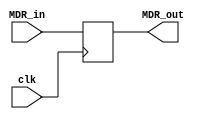
module MemoryDataRegister(clk, MDR_in, MDR_out);

	input clk;
	input [31:0] MDR_in;
	output [31:0] MDR_out;
	reg [31:0] MDR_out;
	
	always @(posedge clk)
		MDR_out <= MDR_in;

endmodule